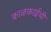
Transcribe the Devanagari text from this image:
काळकाईची